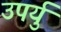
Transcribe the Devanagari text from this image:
उपर्यु